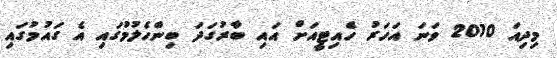
މިދިއަ 2010 ވަނަ އަހަރު ހެއިޓީއަށް އައި ބާރުގަދަ ބިންހެލުމުގައި އެ ގައުމުގައި